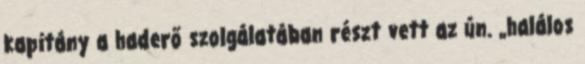
kapitány a haderő szolgálatában részt vett az ún. „halálos